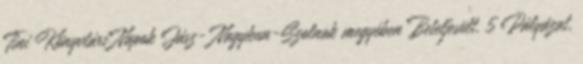
Tini Könyvtári Napok Jász- Nagykun-Szolnok megyében Beteljesült. 5 Pályázat,